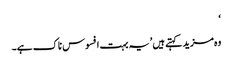
‘
وہ مزید کہتے ہیں ’یہ بہت افسوس ناک ہے۔